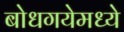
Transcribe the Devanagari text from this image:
बोधगयेमध्ये